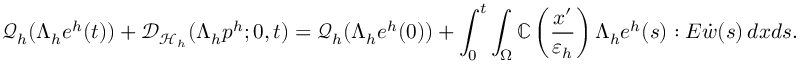
\mathcal { Q } _ { h } ( \Lambda _ { h } e ^ { h } ( t ) ) + \mathcal { D } _ { \mathcal { H } _ { h } } ( \Lambda _ { h } p ^ { h } ; 0 , t ) = \mathcal { Q } _ { h } ( \Lambda _ { h } e ^ { h } ( 0 ) ) + \int _ { 0 } ^ { t } \int _ { \Omega } \mathbb { C } \left( \frac { x ^ { \prime } } { { \varepsilon _ { h } } } \right) \Lambda _ { h } e ^ { h } ( s ) : E \dot { w } ( s ) \, d x d s .